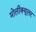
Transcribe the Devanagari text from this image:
मोलीक्यूलर